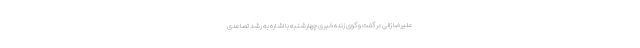
علیرضا زالی در گفت و گوی زنده خبری چهارشنبه با اشاره به رشد تصاعدی